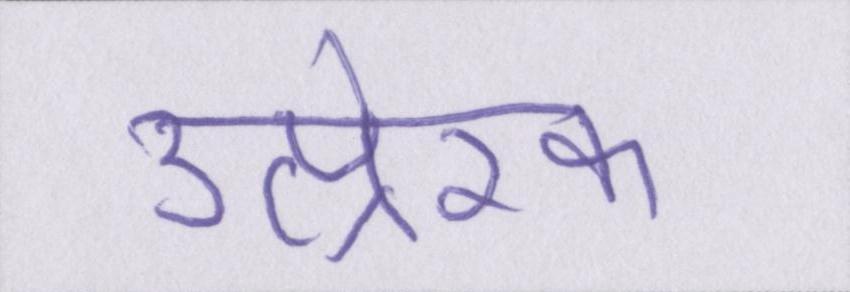
उत्प्रेरक